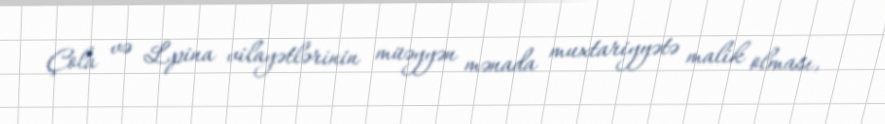
Çola və Lpina vilayətlərinin müəyyən mənada muxtariyyətə malik olması,